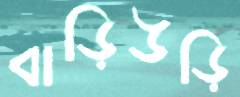
বাড়িউড়ি